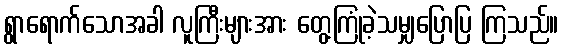
ရွာရောက်သောအခါ လူကြီးများအား တွေ့ကြုံခဲ့သမျှပြောပြ ကြသည်။